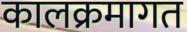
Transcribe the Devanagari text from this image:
कालक्रमागत